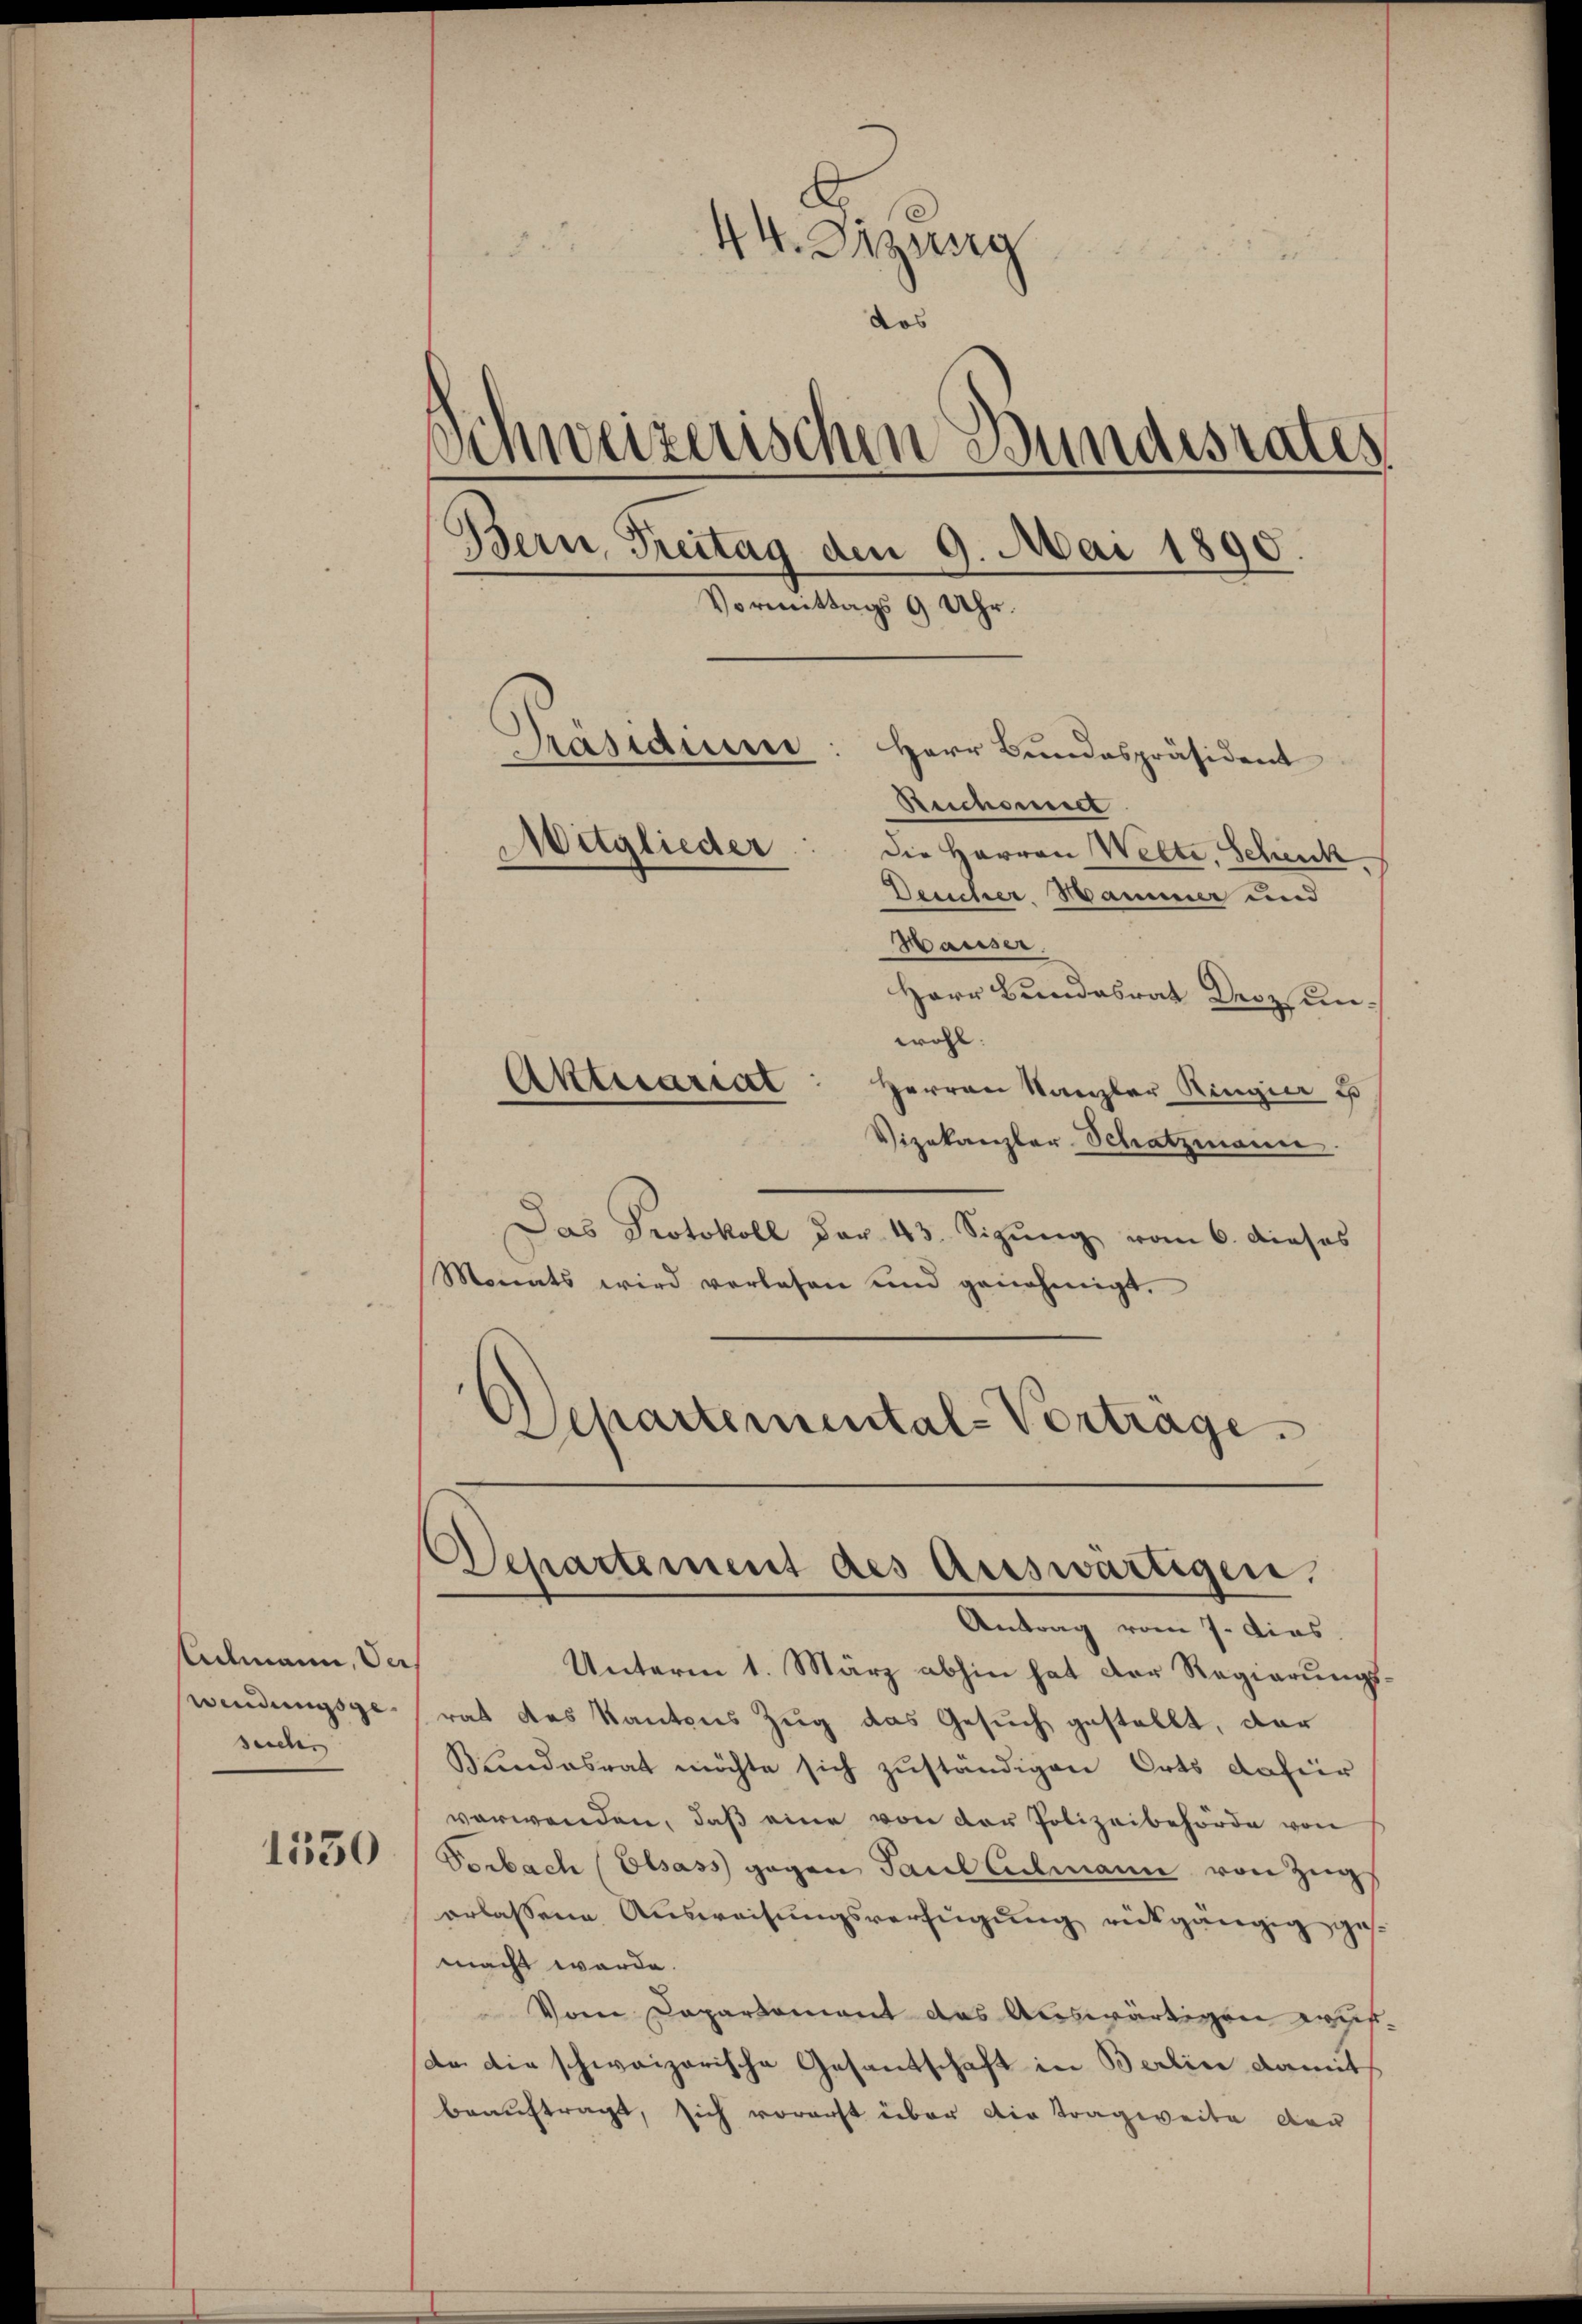
Admann, Ver
windungsgesechs

1550

44 sizung
dos
Schweizerischen Bundesrates
Bern, Freitag den 9. Mai 1890.
Vormittags 9 Uhr.
Präsidium: Herr Bundespräsident
Reichsmiet
Mitglieder
die Herren Welte. Schenk
Deucher Sammer und

Hauser.
Herr Bundesrat Drozsunwohl.
Herren Kanzler Ringier es
Vizekanzler Schatzmann.
Das Protokoll dar. 43. Sizŭng vom 6. dieses
Monats wird verlesen und genehmigt.
Departemental-Vertrage.

Aktuariat

Departement des Auswärtigen.
Antrag vom 7. Dias.

Unterm 1. März abhin hat der Regierungsrat das Kantons Zug das Gesuch gestellt, dar
Bundesrat möchte sich zuständigen Orts dafür
verwenden, daß eine von der Polizeibehörde von
Porbach (Elsass gegen Paul Ademann von Zug,
erlassene Ausweisungsverfügung rückgängig ges
macht werde.
Vom Departement das Auswärtigen Kaufda die schweizerische Gesandschaft in Berlin damit
beauftragt, sich vorerst über die Tragweite der